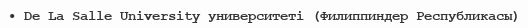
• De La Salle University университеті (Филиппиндер Республикасы)